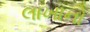
લાખાનો